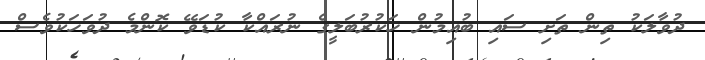
ދުވާލަކު ތިން ތަށި ސައި ބުއިމުން ހަކުރުބަލީގެ ނުރައްކާ ކުޑަވޭ ކޮންމެ ދުވަހަކުވެސް